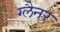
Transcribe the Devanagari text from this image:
ग्लैनर